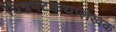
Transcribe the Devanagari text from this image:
चित्रपटकथालेखक